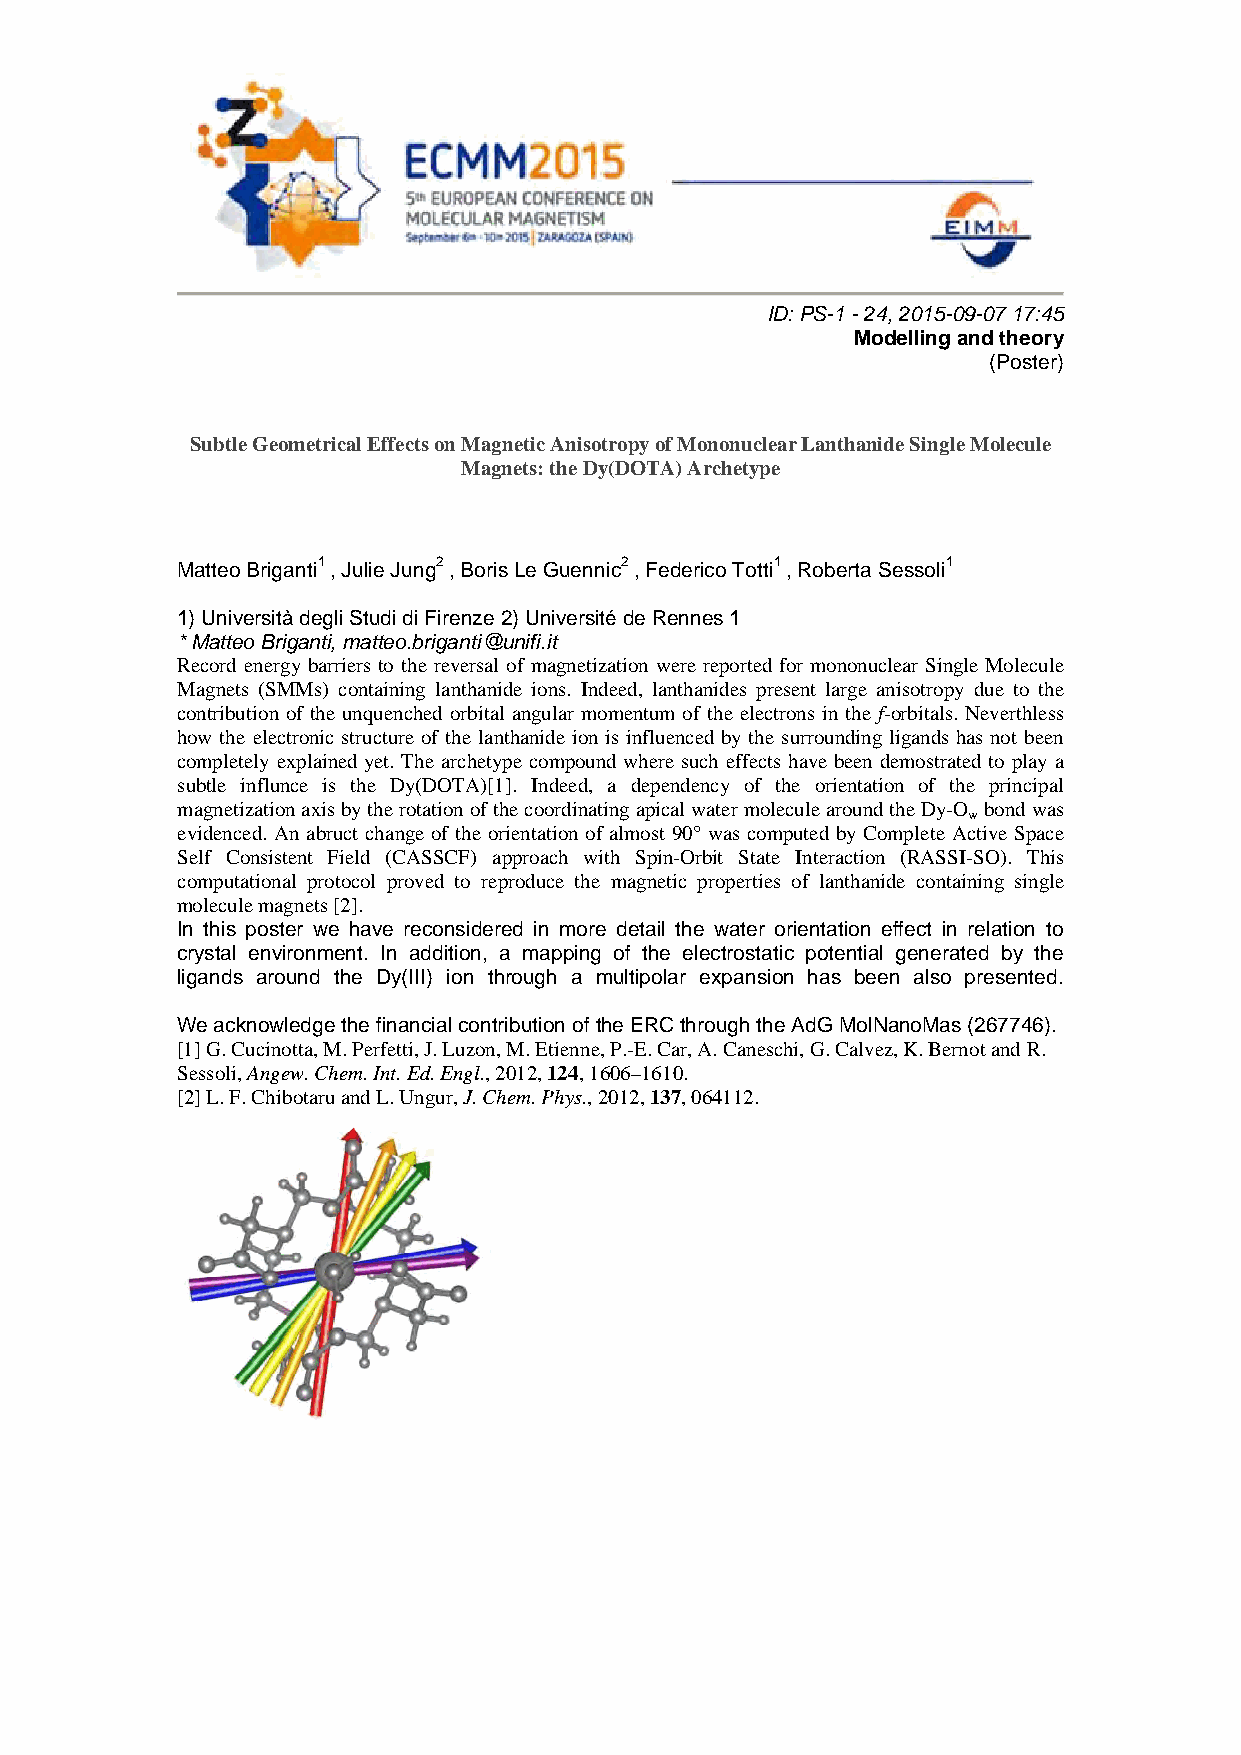
ID: PS-1 - 24, 2015-09-07 17:45
 Modelling and theory
 (Poster)
 Subtle Geometrical Effects on Magnetic Anisotropy of Mononuclear Lanthanide Single Molecule
 Magnets: the Dy(DOTA) Archetype
 Matteo Briganti1 , Julie Jung2 , Boris Le Guennic2 , Federico Totti1 , Roberta Sessoli1
 1) Università degli Studi di Firenze 2) Université de Rennes 1
 * Matteo Briganti, matteo.briganti@unifi.it
 Record energy barriers to the reversal of magnetization were reported for mononuclear Single Molecule
 Magnets (SMMs) containing lanthanide ions. Indeed, lanthanides present large anisotropy due to the
 contribution of the unquenched orbital angular momentum of the electrons in the f-orbitals. Neverthless
 how the electronic structure of the lanthanide ion is influenced by the surrounding ligands has not been
 completely explained yet. The archetype compound where such effects have been demostrated to play a
 subtle influnce is the Dy(DOTA)[1]. Indeed, a dependency of the orientation of the principal
 magnetization axis by the rotation of the coordinating apical water molecule around the Dy-O bond was
 w
 evidenced. An abruct change of the orientation of almost 90° was computed by Complete Active Space
 Self Consistent Field (CASSCF) approach with Spin-Orbit State Interaction (RASSI-SO). This
 computational protocol proved to reproduce the magnetic properties of lanthanide containing single
 molecule magnets [2].
 In this poster we have reconsidered in more detail the water orientation effect in relation to
 crystal environment. In addition, a mapping of the electrostatic potential generated by the
 ligands around the Dy(III) ion through a multipolar expansion has been also presented.
 We acknowledge the financial contribution of the ERC through the AdG MolNanoMas (267746).
 [1] G. Cucinotta, M. Perfetti, J. Luzon, M. Etienne, P.-E. Car, A. Caneschi, G. Calvez, K. Bernot and R.
 Sessoli, Angew. Chem. Int. Ed. Engl., 2012, 124, 1606–1610.
 [2] L. F. Chibotaru and L. Ungur, J. Chem. Phys., 2012, 137, 064112.